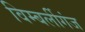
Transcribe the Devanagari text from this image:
विम्बर्लीगंज